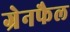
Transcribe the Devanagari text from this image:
ग्रेनफैल